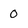
Character: 0